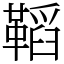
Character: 鞱